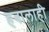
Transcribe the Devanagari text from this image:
हवालाही